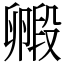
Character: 毈